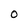
Character: o